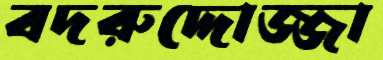
বদরুদ্দোজ্জা